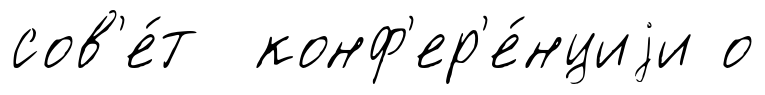
сов'е́т конф'ер'е́нциjи о